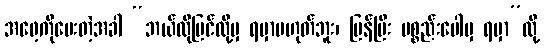
အဖေ့ကိုမေးတဲ့အခါ “ဘယ်လိုပြင်လို့မှ ရမှာမဟုတ်ဘူး၊ ပြန်ပြီး ပစ္စည်းပေါမှ ရမှာ”လို့